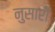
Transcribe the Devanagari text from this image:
नुसारी